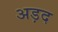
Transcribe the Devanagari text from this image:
अड़द